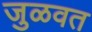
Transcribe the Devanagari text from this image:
जुळवत